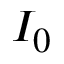
I _ { 0 }